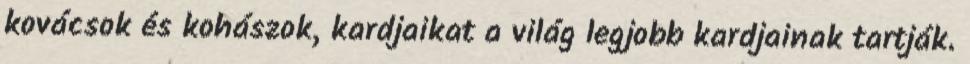
kovácsok és kohászok, kardjaikat a világ legjobb kardjainak tartják.